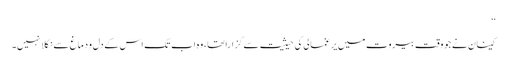
‘‘
کینان نے جو وقت بیروت میں یرغمالی کی حیثیت سے گزارا تھا، وہ اب تک اس کے دل و دماغ سے نکلا نہیں۔